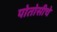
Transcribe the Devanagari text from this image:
पोतोसीचे